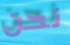
نحن